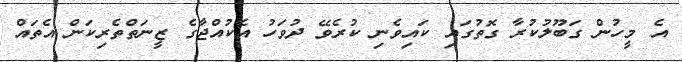
އެ މީހުން ގަބޫލުކުރާ ގޮތުގައި ކައިވެނި ކުރެވޭ ދުވަހު އެކުއްޖާގެ ޒީނަތްތެރިކަން އެތައް